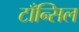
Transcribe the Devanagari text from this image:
टाँन्सिल